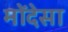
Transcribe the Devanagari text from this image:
मोंदेसा